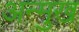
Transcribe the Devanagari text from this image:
अन्मुख